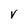
Character: V